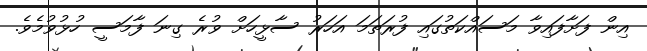
އިން ފަށާފައިވާ މަސައްކަތުގައި ފުރަތަމަ އަހަރު ސާޅީހަށް ވުރެ ގިނަ ފާމަސީ ހުޅުވުމެވެ.